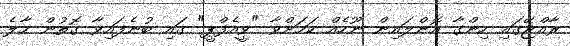
ރާއްޖޭގައި ހިންގާ އޮންލައިން ނޫހެއް ކަމަށްވާ "ވީއެފްޕީ" ގައި ބުނެފައިވާ ގޮތުން މާލެ